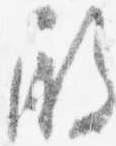
殿